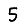
Digit: 5